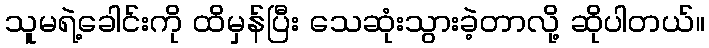
သူမရဲ့ခေါင်းကို ထိမှန်ပြီး သေဆုံးသွားခဲ့တာလို့ ဆိုပါတယ်။